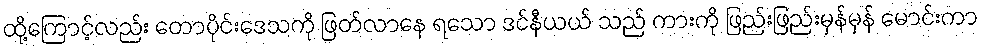
ထို့ကြောင့်လည်း တောပိုင်းဒေသကို ဖြတ်လာနေ ရသော ဒင်နီယယ် သည် ကားကို ဖြည်းဖြည်းမှန်မှန် မောင်းကာ